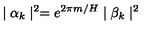
\mid \alpha _ { k } \mid ^ { 2 } = e ^ { 2 \pi m / H } \mid \beta _ { k } \mid ^ { 2 }